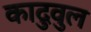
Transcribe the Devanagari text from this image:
कादुवुल